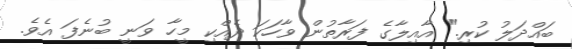
ބައްދަލު ކުރި." އާއިލާގެ ފަރާތުން ވާހަކަ ދެއްކި މީހާ ވަނީ ބުނެފަ އެވެ.